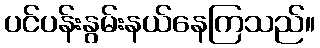
ပင်ပန်းနွမ်းနယ်နေကြသည်။